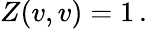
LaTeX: Z(v,v)=1\, .